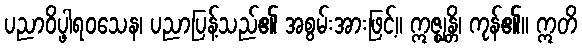
ပညာဝိပ္ဖါရဝသေန၊ ပညာပြန့်သည်၏ အစွမ်းအားဖြင့်။ ဣဇ္ဈန္တိ၊ ကုန်၏။ ဣတိ